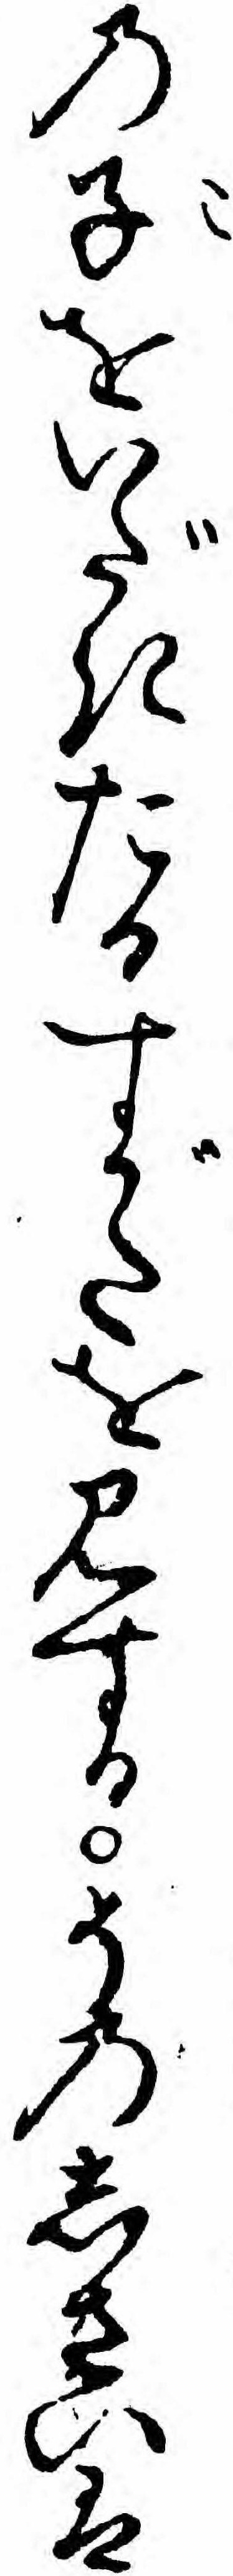
の子をいだきたるすがたを見するそのしさいは